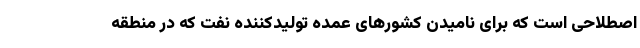
اصطلاحی است که برای نامیدن کشور‌های عمده تولیدکننده نفت که در منطقه